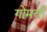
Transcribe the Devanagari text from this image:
गोमयी